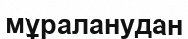
мұраланудан